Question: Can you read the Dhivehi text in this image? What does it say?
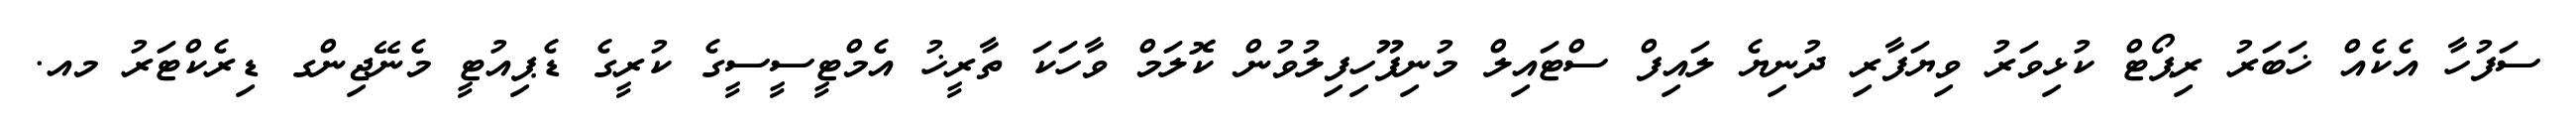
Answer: ސަފުހާ އެކެއް ޚަބަރު ރިޕޯޓް ކުޅިވަރު ވިޔަފާރި ދުނިޔެ ލައިފް ސްޓައިލް މުނިފޫހިފިލުވުން ކޮލަމް ވާހަކަ ތާރީޚު އެމްޓީސީސީގެ ކުރީގެ ޑެޕިއުޓީ މެނޭޖިންގ ޑިރެކްޓަރު މއ.